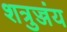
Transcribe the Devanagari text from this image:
शत्रुज्जंय